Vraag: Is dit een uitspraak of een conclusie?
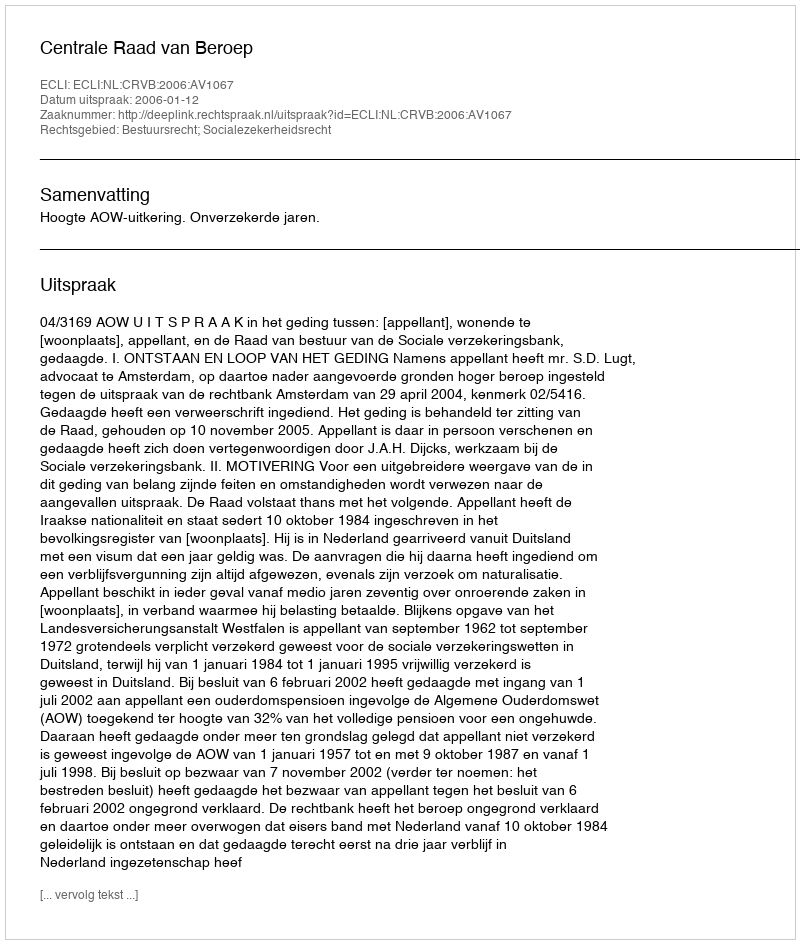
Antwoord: Uitspraak